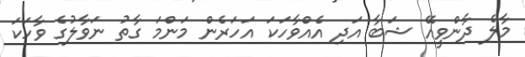
މާލެ ދާންވީއޭ ޝަބާ އަދި އެއްވާހަކަ އަހަރެން މަންމަ ގާތު ނަވާލުގެ ވާހަކަ